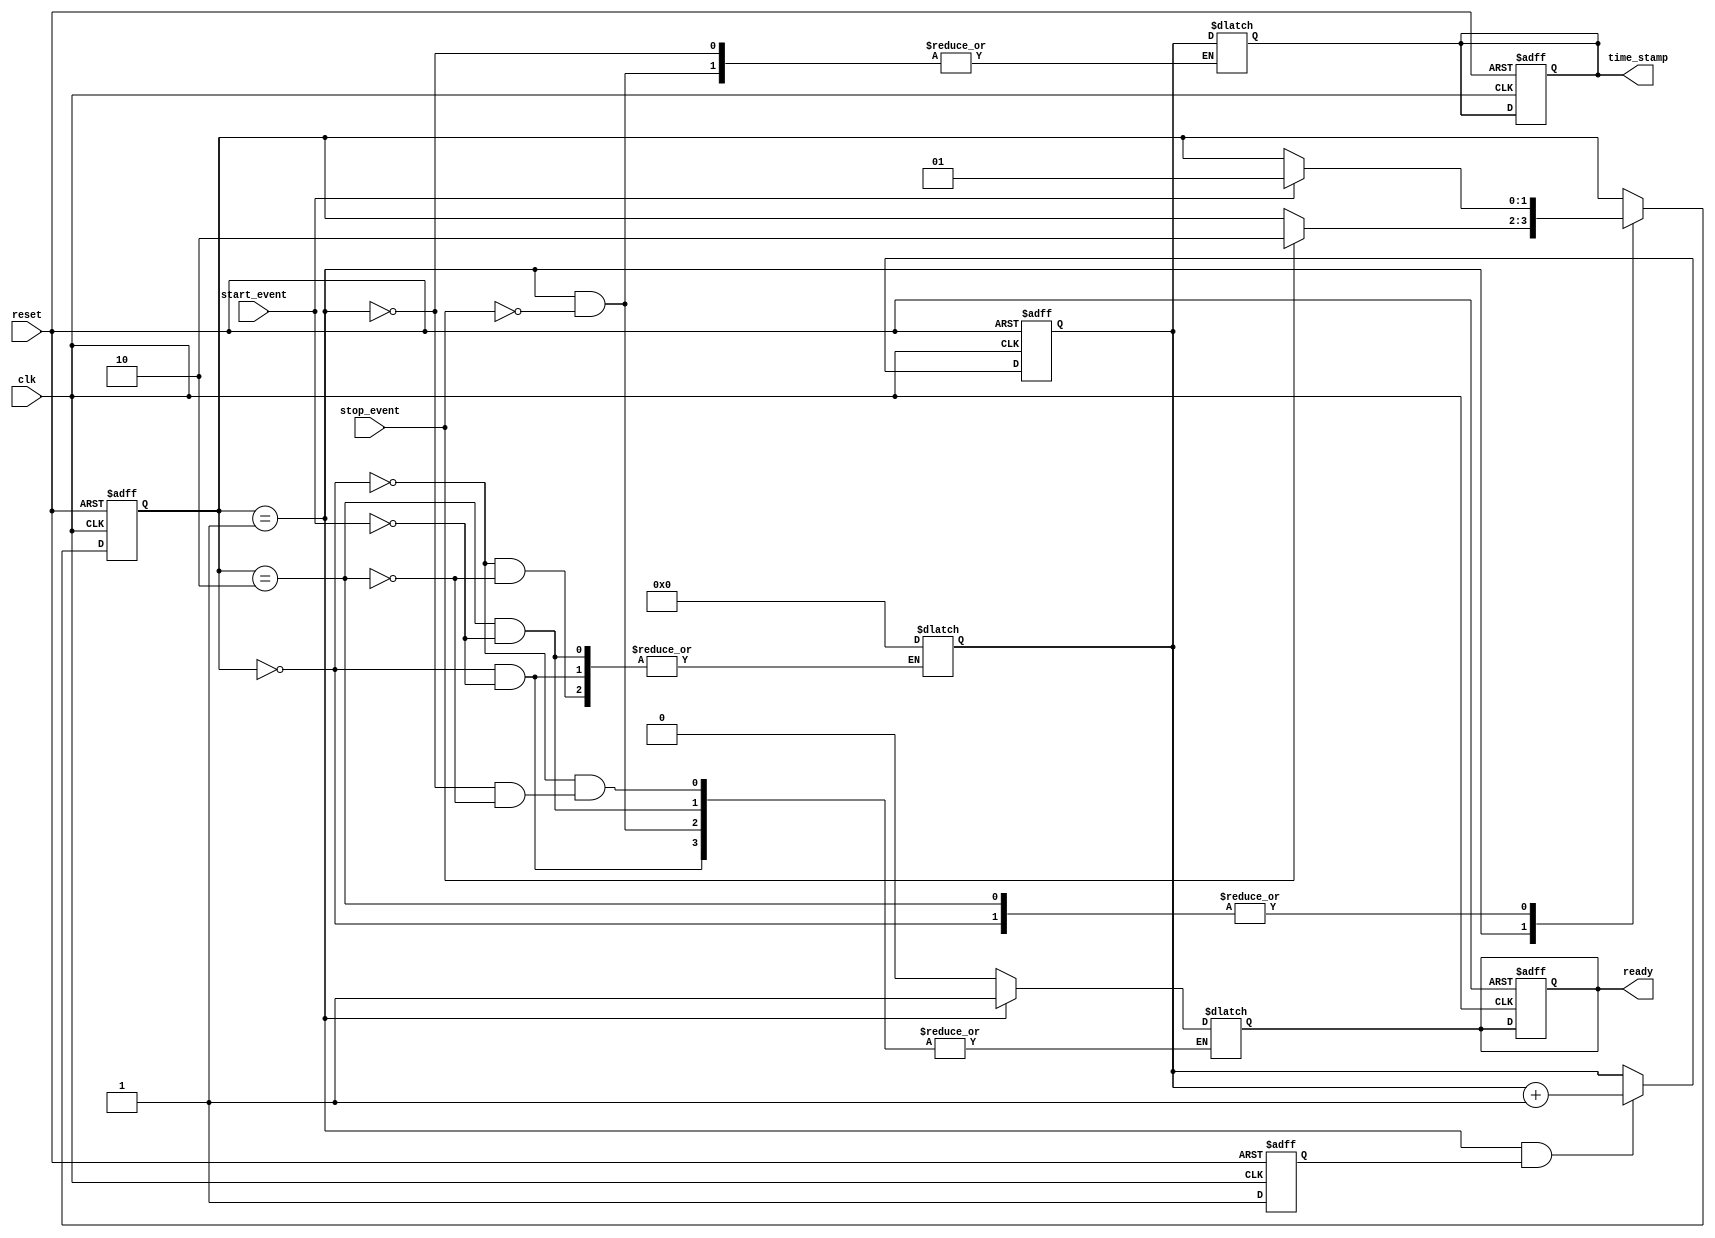
module TDC (
    input wire clk,                // System Clock
    input wire reset,              // Asynchronous reset
    input wire start_event,        // Start Event Signal
    input wire stop_event,         // Stop Event Signal
    output reg [31:0] time_stamp,  // Digital Output Register for Time Difference
    output reg ready               // Ready signal to indicate valid output
);

    // State Encoding
    localparam IDLE = 2'b00;
    localparam RUNNING = 2'b01;
    localparam STOPPED = 2'b10;

    reg [1:0] state, next_state;
    reg [31:0] counter;            // Counter for PLL clock cycles
    reg pll_locked;                // PLL lock status (simulated)

    // PLL Simulation (for demonstration purposes)
    // In practice, this would be a more complex PLL design
    always @(posedge clk or posedge reset) begin
        if (reset) begin
            pll_locked <= 1'b0;
        end else begin
            // Simulate PLL locking behavior
            // In a real design, this would be driven by external PLL logic
            pll_locked <= 1'b1; // Assume PLL locks immediately for this example
        end
    end

    // State Machine for TDC Operation
    always @(posedge clk or posedge reset) begin
        if (reset) begin
            state <= IDLE;
            counter <= 32'b0;
            time_stamp <= 32'b0;
            ready <= 1'b0;
        end else begin
            state <= next_state;
            if (state == RUNNING && pll_locked) begin
                counter <= counter + 1; // Increment counter on each PLL clock cycle
            end
        end
    end

    // Next State Logic
    always @(*) begin
        next_state = state;
        case (state)
            IDLE: begin
                if (start_event) begin
                    next_state = RUNNING; // Transition to RUNNING state on start event
                    counter <= 32'b0;     // Reset counter
                    ready <= 1'b0;        // Not ready until stop event
                end
            end
            RUNNING: begin
                if (stop_event) begin
                    next_state = STOPPED; // Transition to STOPPED state on stop event
                    time_stamp <= counter; // Capture time difference
                    ready <= 1'b1;         // Indicate ready to read the timestamp
                end
            end
            STOPPED: begin
                if (start_event) begin
                    next_state = RUNNING; // Restart on new start event
                    counter <= 32'b0;     // Reset counter
                    ready <= 1'b0;        // Not ready until stop event
                end
            end
        endcase
    end

endmodule